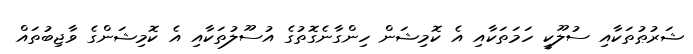
ޝަރުޠުތަކާއި ސުލޫކީ ހަމަތަކާއި އެ ކޮމިޝަން ހިންގާނެގޮތުގެ އުސޫލުތަކާއި އެ ކޮމިޝަންގެ ވާޖިބުތައް